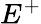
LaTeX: E^{+}